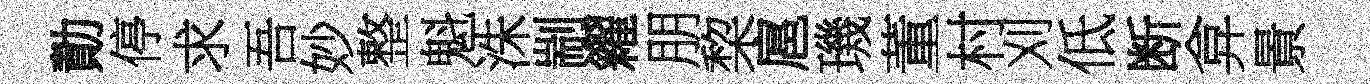
勣停求吾妙整魁洙剬糴朋棃扈璣董村刈低断弇㬌